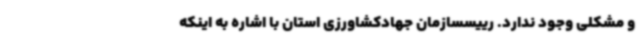
و مشکلی وجود ندارد. رییسسازمان جهادکشاورزی استان با اشاره به اینکه